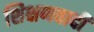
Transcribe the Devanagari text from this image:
शिक्षणवादी